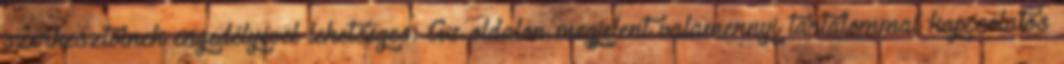
szerkesztőinek engedélyével lehetséges. Az oldalon megjelent valamennyi tartalommal kapcsolatos